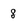
Character: 8